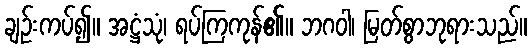
ချဉ်းကပ်၍။ အဋ္ဌံသုံ၊ ရပ်ကြကုန်၏။ ဘဂဝါ၊ မြတ်စွာဘုရားသည်။